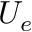
U _ { e }